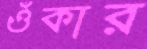
ওঁকার